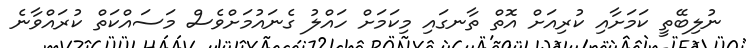
ނުލިބޭތީ ކަމަށާއި ކުރިއަށް އޮތް ތާނގައި މިކަމަށް ހައްލު ގެނައުމަށްވެސް މަސައްކަތް ކުރައްވާނެ